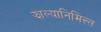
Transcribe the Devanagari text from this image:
झाल्यानिमित्त्त